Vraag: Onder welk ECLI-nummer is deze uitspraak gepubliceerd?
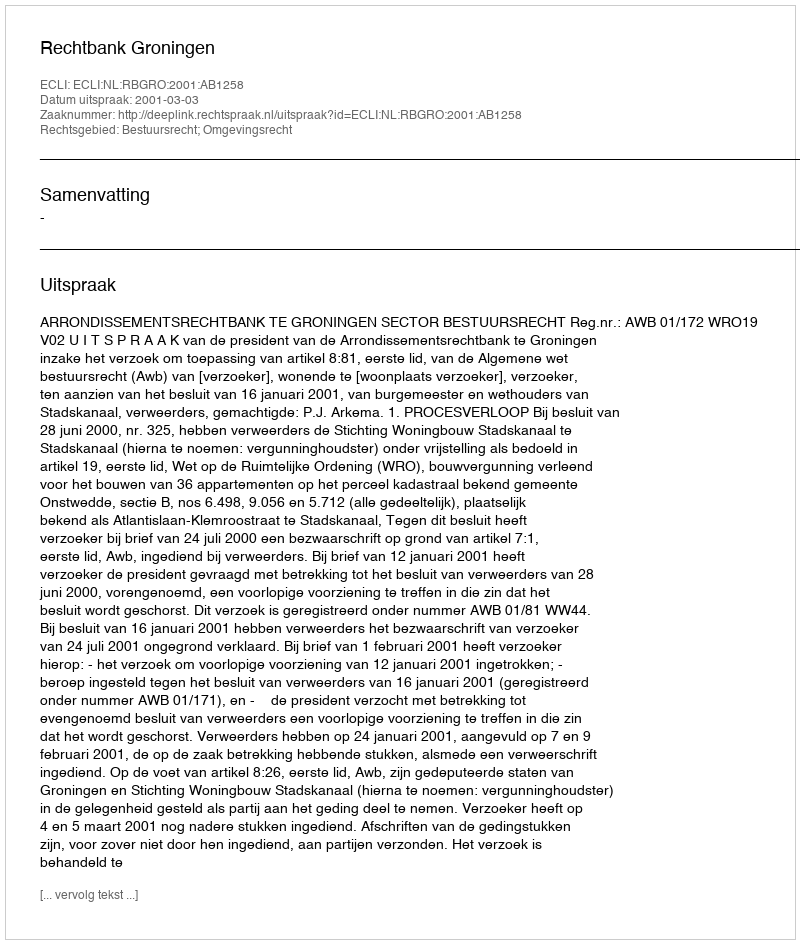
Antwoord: ECLI:NL:RBGRO:2001:AB1258